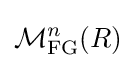
{\mathcal {M}}_{\text{FG}}^{n}(R)